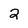
Character: 2